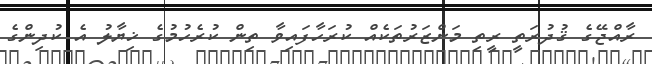
ރާއްޖޭގެ ޤުދުރަތީ ރީތި މަންޒަރުތަކެއް ކުރަހާފައިވާ ތިން ކުރެހުމުގެ ޚިޔާލު އެ ކުދިންގެ